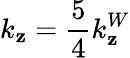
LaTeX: k_{\mathbf{z}}=\frac{{5}}{{4}}k_{\mathbf{z}}^{W}